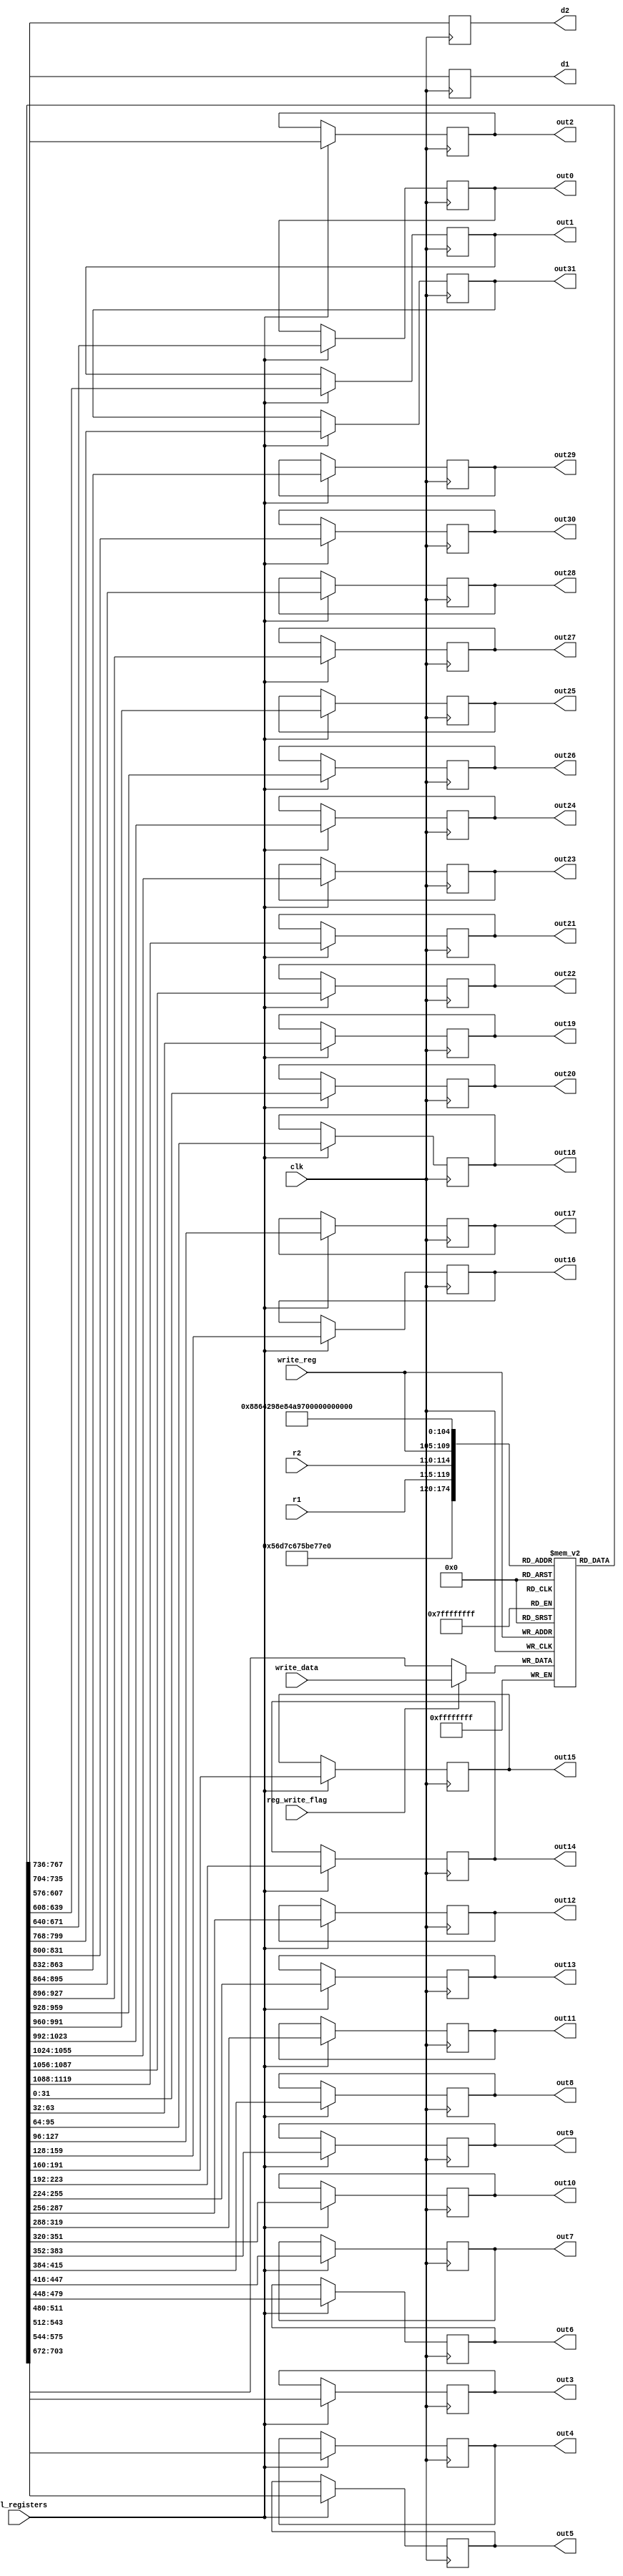
`timescale 1ns / 1ps
//////////////////////////////////////////////////////////////////////////////////
// Company: 
// Engineer: 
// 
// Design Name: 
// Module Name:    top 
// Project Name: 
// Target Devices: 
// Tool versions: 
// Description: 
//
// Dependencies: 
//
// Revision: 
// Revision 0.01 - File Created
// Additional Comments: 
//
//////////////////////////////////////////////////////////////////////////////////
module register_bank(
	input [4:0]r1,
	input [4:0]r2,
	input [4:0]write_reg,
	input [31:0]write_data,
	input all_registers,
	output reg [31:0]d1,
	output reg [31:0]d2,
	input clk,
	input reg_write_flag,
	
	output reg [31:0]out0,
	output reg [31:0]out1,
	output reg [31:0]out2,
	output reg [31:0]out3,
	output reg [31:0]out4,
	output reg [31:0]out5,
	output reg [31:0]out6,
	output reg [31:0]out7,
	output reg [31:0]out8,
	output reg [31:0]out9,
	output reg [31:0]out10,
	output reg [31:0]out11,
	output reg [31:0]out12,
	output reg [31:0]out13,
	output reg [31:0]out14,
	output reg [31:0]out15,
	output reg [31:0]out16,
	output reg [31:0]out17,
	output reg [31:0]out18,
	output reg [31:0]out19,
	output reg [31:0]out20,
	output reg [31:0]out21,
	output reg [31:0]out22,
	output reg [31:0]out23,
	output reg [31:0]out24,
	output reg [31:0]out25,
	output reg [31:0]out26,
	output reg [31:0]out27,
	output reg [31:0]out28,
	output reg [31:0]out29,
	output reg [31:0]out30,
	output reg [31:0]out31
    );
	 
	 
	 reg [31:0] bank [31:0];
	 
	 always@(posedge clk)
	 begin
	 
	 d1 <= bank[r1];
	 d2 <= bank[r2];
	 
	 bank[write_reg] <= reg_write_flag ? write_data : bank[write_reg];
	 
	 if(all_registers)
	 begin
		out0 <= bank[0];
		out1 <= bank[1];
		out2 <= bank[2];
		out3 <= bank[3];
		out4 <= bank[4];
		out5 <= bank[5];
		out6 <= bank[6];
		out7 <= bank[7];
		out8 <= bank[8];
		out9 <= bank[9];
		out10 <= bank[10];
		out11 <= bank[11];
		out12 <= bank[12];
		out13 <= bank[13];
		out14 <= bank[14];
		out15 <= bank[15];
		out16 <= bank[16];
		out17 <= bank[17];
		out18 <= bank[18];
		out19 <= bank[19];
		out20 <= bank[20];
		out21 <= bank[21];
		out22 <= bank[22];
		out23 <= bank[23];
		out24 <= bank[24];
		out25 <= bank[25];
		out26 <= bank[26];
		out27 <= bank[27];
		out28 <= bank[28];
		out29 <= bank[29];
		out30 <= bank[30];
		out31 <= bank[31];
	 end
	 
	 
	 end
	 
	 


endmodule